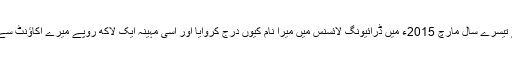
علاوہ ازیں اگر میں بدکردار تھا تو شادی کے تیسرے سال مارچ 2015ء میں ڈرائیونگ لائسنس میں میرا نام کیوں درج کروایا اور اسی مہینہ ایک لاکھ روپے میرے اکاؤنٹ سے اپنے اکاؤنٹ میں کیونکر ٹرانسفر کروائے؟